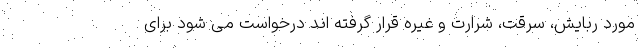
مورد ربایش، سرقت، شرارت و غیره قرار گرفته اند درخواست می شود برای